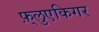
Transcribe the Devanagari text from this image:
फ़्लुएकिगर